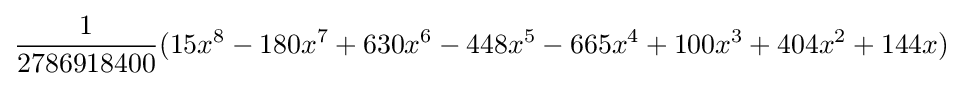
{\frac {1}{2786918400}}(15x^{8}-180x^{7}+630x^{6}-448x^{5}-665x^{4}+100x^{3}+404x^{2}+144x)